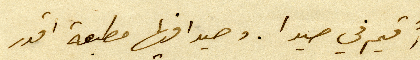
أُقيم في صيدا. وصيدا فيها مطبعة اقدر